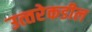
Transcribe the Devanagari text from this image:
उत्‍तरेकडील